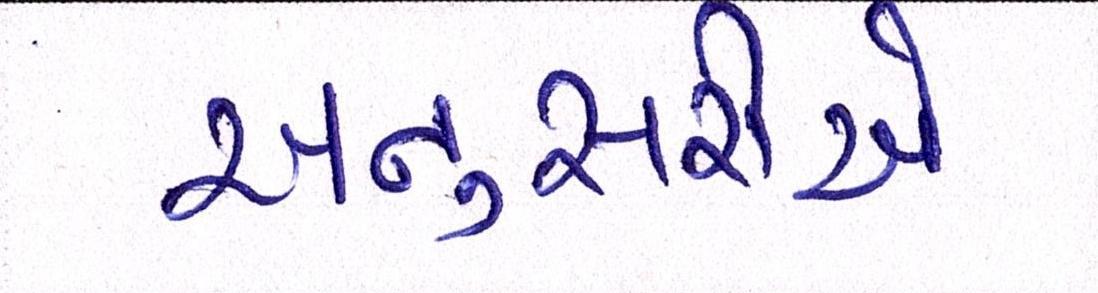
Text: અનુસરીએ